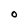
Character: 0